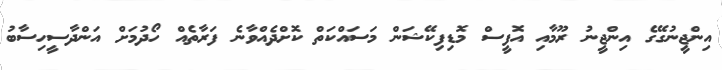
އިންޖީނުގޭގެ އިންޖީނު ރޫމާއި އޮފީސް މޮޑިފިކޭޝަން މަސައްކަތް ކޮށްދެއްވާނެ ފަރާތެއް ހޯދުމަށް އަންދާސީހިސާބު